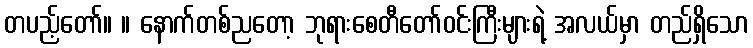
တပည့်တော်။ ။ နောက်တစ်ညတော့ ဘုရားစေတီတော်ဝင်းကြီးများရဲ့ အလယ်မှာ တည်ရှိသော